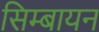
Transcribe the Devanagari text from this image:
सिम्बायन